Annual report on the Civil Veterinary Department, Burma (including the Insein Veterinary School) - 1923-1931
Year: 1923
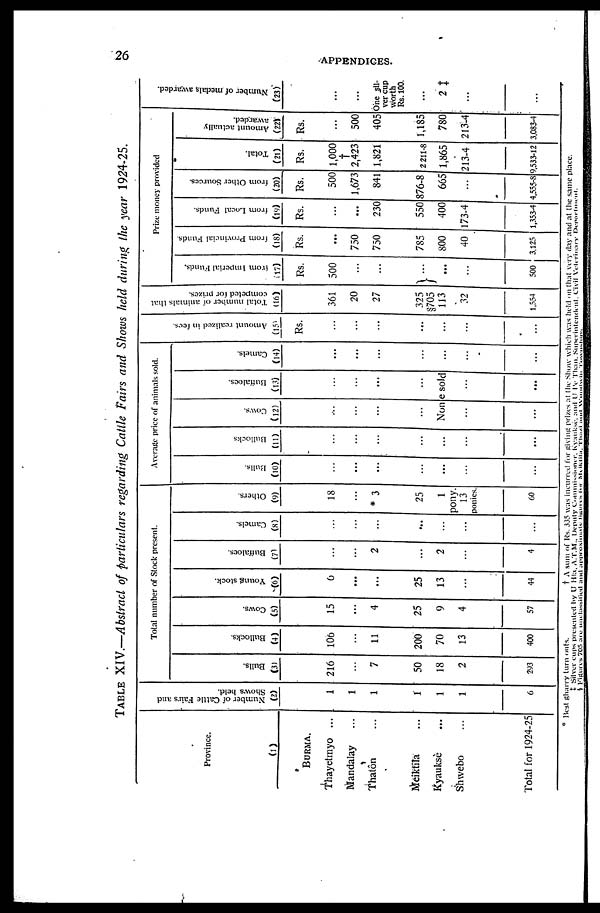
26
APPENDICES.
TABLE XIV.—Abstract of particulars regarding Cattle Fairs and Shows held during the year 1924-25.
Province.
(1)
BURMA.
Thayetmyo ...
Mandalay ...
Thatôn ...
Meiktila ...
Kyauksè ...
Shwebo ...
Total for 1924-25
Number of Cattle Fairs and
Shows held.
(2)
1
1
1
1
1
1
6
Bulls.
(3)
216
...
7
50
18
2
293
Total number of Stock present.
Bullocks.
(4)
106
...
11
200
70
13
400
Cows.
(5)
15
...
4
25
9
4
57
Young stock.
(6)
6
...
...
25
13
...
44
Buffaloes.
(71
...
...
2
...
2
...
4
Camels.
(8)
...
...
...
...
...
...
...
Others
(9)
18
...
3
25
1
pony.
13
Bonies.
60
Average price of animals sold.
Bulls.
(10)
...
...
...
...
...
...
...
Bullocks
(11)
...
...
...
...
...
...
...
Cows.
(l2)
...
...
...
...
Buffaloes.
(13)
...
...
...
...
None sold
...
...
...
...
Camels.
(14)
...
...
...
...
...
...
...
Amount realized in fees.
(15)
Rs.
...
...
...
...
...
...
...
Total number of animals that
competed for prizes.
(16)
361
20
27
325
§705
113
32
1,554
from Imperial Funds.
(17)
Rs.
500
...
...
...
...
...
500
Prize money provided
from Provincial Funds
(18)
Rs.
...
750
750
785
800
40
3,125
from Local Funds.
(19)
Rs.
...
...
230
550
400
173-4
1,353-4
from Other Sources.
(20)
Rs.
500
1,673
841
876-8
665
...
4,555-8
Total.
(21)
Rs.
1,000
†
2,423
1,821
2 211-8
1,865
213-4
9,533-12
Amount actually
awarded.
(22)
Rs.
...
500
405
1,185
780
213-4
3,083-4
Number of medals awarded.
(23)
...
...
One sil-
ver cup
worth
Rs. 100.
...
2
...
...
test gharry turn outs.
†
A sum of Rs 335 was for giving prizes at the Show which was held on that very day and at the and at the same place.
† Silver
cups
presented
by
U
A
T.M
.
Deputy
Commissioners
and Superintendent Civil Veterinary Department.
§ Figures 705 are